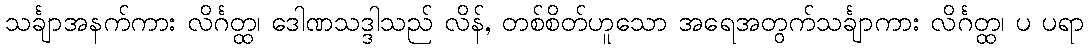
သင်္ချာအနက်ကား လိင်္ဂတ္ထ၊ ဒေါဏသဒ္ဒါသည် လိန်, တစ်စိတ်ဟူသော အရေအတွက်သင်္ချာကား လိင်္ဂတ္ထ၊ ပ ပရာ